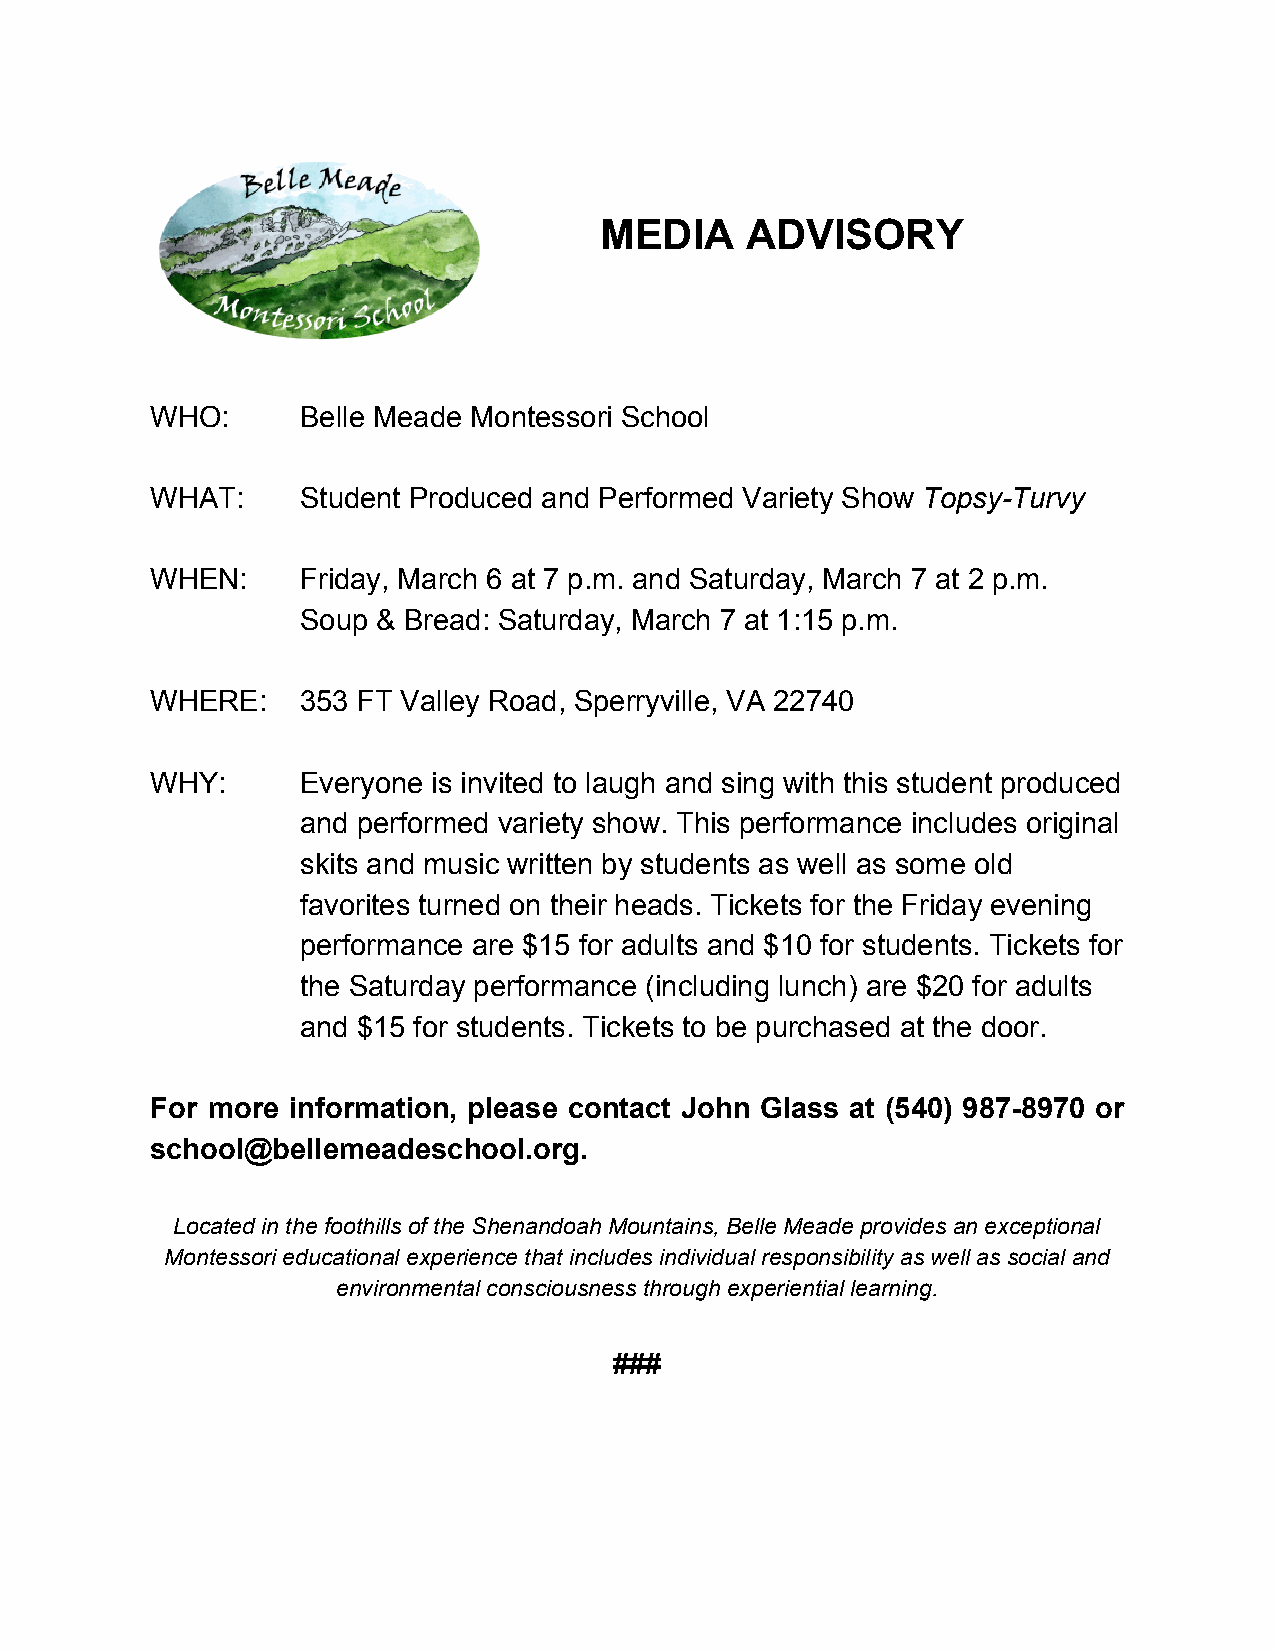
MEDIA    ADVISORY
 WHO:      Belle Meade Montessori School
 WHAT:     Student Produced and Performed Variety Show Topsy-Turvy
 ​
 WHEN:     Friday, March 6 at 7 p.m. and Saturday, March 7 at 2 p.m.
 Soup & Bread: Saturday, March 7 at 1:15 p.m.
 WHERE:    353 FT Valley Road, Sperryville, VA 22740
 WHY:      Everyone is invited to laugh and sing with this student produced
 and performed variety show. This performance includes original
 skits and music written by students as well as some old
 favorites turned on their heads. Tickets for the Friday evening
 performance are $15 for adults and $10 for students. Tickets for
 the Saturday performance (including lunch) are $20 for adults
 and $15 for students. Tickets to be purchased at the door.
 For more information, please contact John Glass at (540) 987-8970 or
 school@bellemeadeschool.org.
 Located in the foothills of the Shenandoah Mountains, Belle Meade provides an exceptional
 Montessori educational experience that includes individual responsibility as well as social and
 environmental consciousness through experiential learning.
 ###